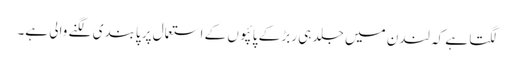
لگتا ہے کہ لندن میں جلد ہی ربڑ کے پائپوں کے استعمال پر پابندی لگنے والی ہے۔